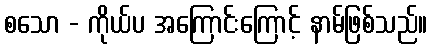
စသော - ကိုယ်ပ အကြောင်းကြောင့် နာမ်ဖြစ်သည်။